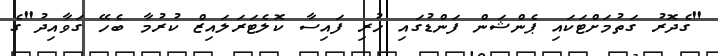
"ގެދޮރު ގަތުމަށްޓަކައި ޕެންޝަން ފަންޑުގައި ހުރި ފައިސާ ކޮލެޓަރަލައިޒް ކުރުމާ ބެހޭ ގަވާއިދު"ގެ